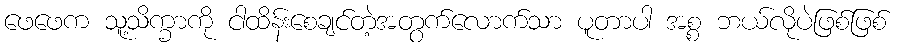
ဖေဖေက သူ့သိက္ခာကို ငါထိန်းစေချင်တဲ့အတွက်လောက်သာ ပူတာပါ အစ္စ ဘယ်လိုပဲဖြစ်ဖြစ်